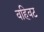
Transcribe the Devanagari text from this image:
वहिवट